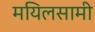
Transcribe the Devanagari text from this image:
मयिलसामी